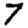
Digit: 7